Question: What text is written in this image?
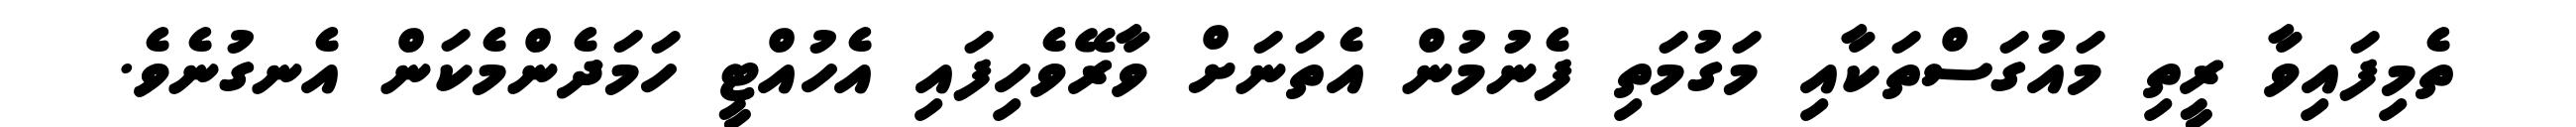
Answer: ތެމިފައިވާ ރީތި މައުގަސްތަކާއި މަގުމަތި ފެނުމުން އެތަނަށް ވާރޭވެހިފައި އެހުއްޓީ ހަމަދެންމެކަން އެނގުނެވެ.